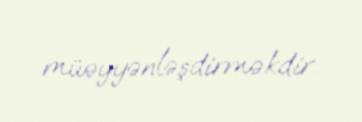
müəyyənləşdirməkdir.